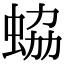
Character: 蛠